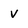
Character: v